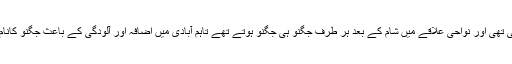
پشاور شہر اوراس کے مضافاتی علاقوں میں جگنو اور تتلیوں کی بہارت ہوتی تھی اور نواحی علاقے میں شام کے بعد ہر طرف جگنو ہی جگنو ہوتے تھے تاہم آبادی میں اضافہ اور آلودگی کے باعث جگنو کانام ونشان پشاورشہرسے ختم ہو گیا اور جنگو اب دوربین میں بھی نظرنہیں آتا ۔